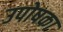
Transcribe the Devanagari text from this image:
उपोषका